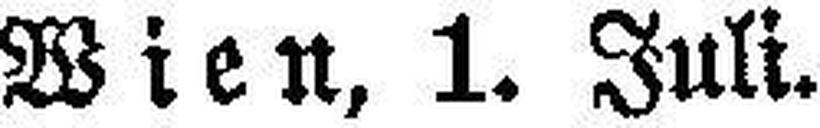
Wien, 1. Juli.